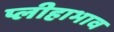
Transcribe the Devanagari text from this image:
प्लीहाभाव